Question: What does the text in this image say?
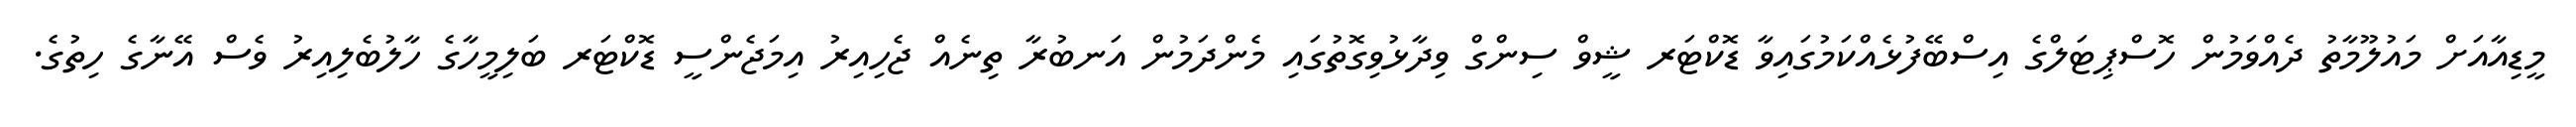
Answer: މީޑިއާއަށް މައުލޫމާތު ދެއްވަމުން ހޮސްޕިޓަލްގެ އިސްބޭފުޅެއްކަމުގައިވާ ޑޮކްޓަރ ޝީވް ސިންގް ވިދާޅުވިގޮތުގައި މެންދަމުން އަނބުރާ ތިނެއް ޖެހިއިރު އިމަޖެންސީ ޑޮކްޓަރ ބަލިމީހާގެ ހާލުބެލިއިރު ވެސް އޭނާގެ ހިތުގެ.